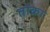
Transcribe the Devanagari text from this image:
तोका